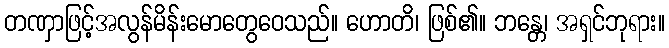
တဏှာဖြင့်အလွန်မိန်းမောတွေဝေသည်။ ဟောတိ၊ ဖြစ်၏။ ဘန္တေ၊ အရှင်ဘုရား။